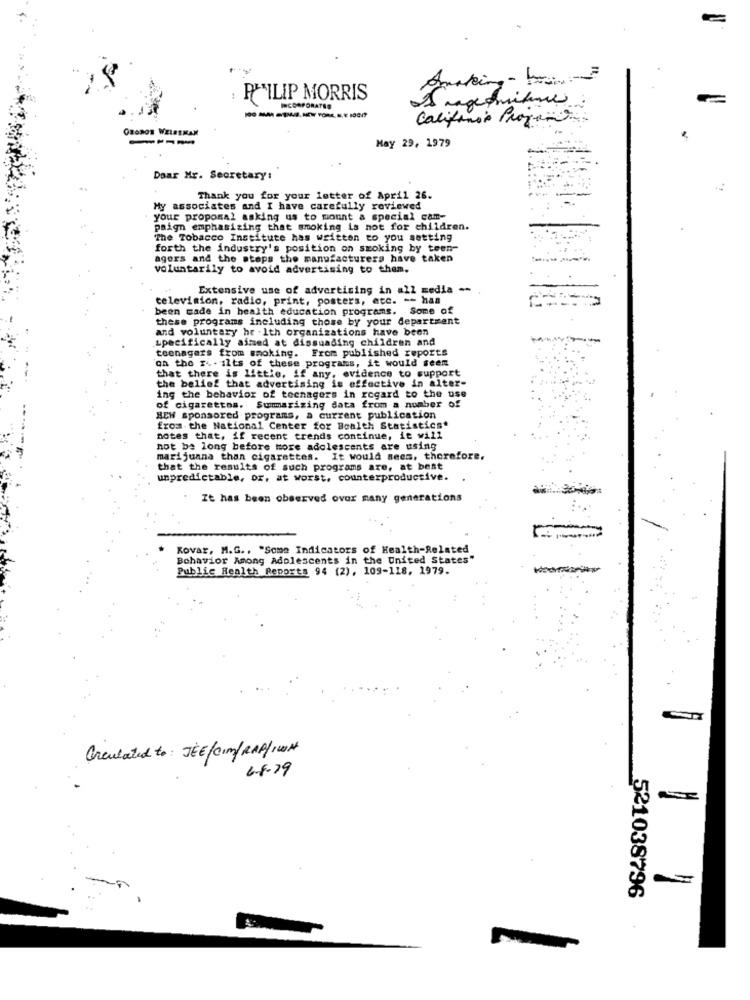
Amaking- ban
PHILIP MORRIS
S magenmitme
INCORPORATED
-------
California Program
ORONOR WELSENAM
----
May 29, 1979
Daar Mr. Secretary:
Thank you for your letter of April 26.
My associates and I have carefully reviewed
your proposal asking us to mount a special cam-
paign emphasizing that smoking is not for children.
The Tobacco Institute has written to you setting
forth the industry's position on smoking by teen-
agers and the steps the manufacturers have taken
voluntarily to avoid advertising to them.
Extensive use of advertising in all media --
television, radio, print, posters, etc. -- has
been made in health education programs. Some of
these programs including those by your department
and voluntary hr -Ith organizations have been
specifically aimed at dissuading children and
teenagers from smoking. From published reports
oh the . . ilts of these programs, it would seem
that there is little, if any, evidence to support
the belief that advertising is effective in alter-
ing the behavior of teenagers in regard to the use
of cigarettes. Summarizing data from a number of
BEW sponsored programs, a current publication
from the National Center for Boalth Statistics"
notes that, if recent trends continue, it will
not be long before more adolescents are using
marijuana than cigarettes. It would seem, therefore.
that the results of such programs are, at best
unpredictable, or, at worst, counterproductive.
It has been observed over many generations
Kovar, M.G ., "Some Indicators of Health-Related
Behavior Among Adolescents in the United States"
Public Health Reports 94 (2), 109-118, 1979.
Orculated to: JEE/CIM/RAP/IVA
64.79
521038796